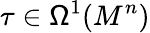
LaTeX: \tau\in\mathsf{\Omega}^{1}(M^{n})